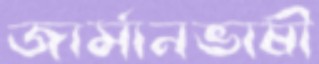
জার্মানভাষী